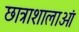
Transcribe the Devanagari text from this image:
छात्राशालाओं